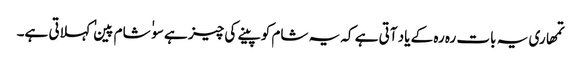
تمھاری یہ بات رہ رہ کے یاد آتی ہے کہ یہ شام کو پینے کی چیز ہے سو ٰ ٰ شام پین ٰ ٰ کہلاتی ہے۔